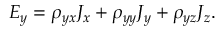
E _ { y } = \rho _ { y x } J _ { x } + \rho _ { y y } J _ { y } + \rho _ { y z } J _ { z } .